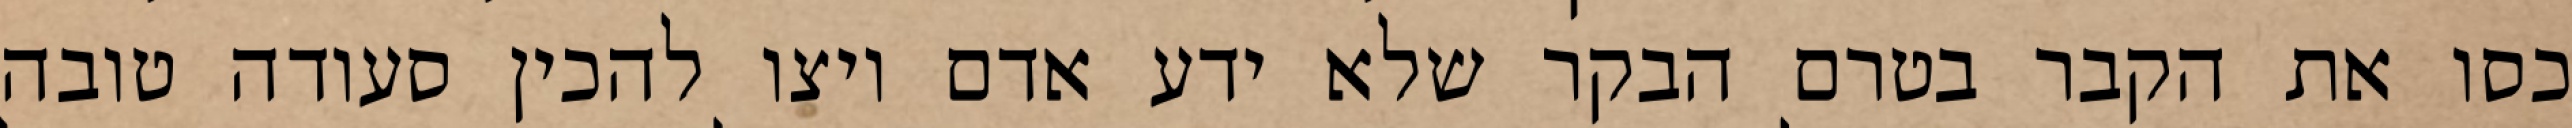
כסו את הקבר בטרם הבקר שלא ידע אדם ויצו להכין סעודה טובה